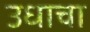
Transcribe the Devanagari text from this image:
उधाचा